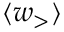
\langle { w _ { \mathrm { > } } } \rangle